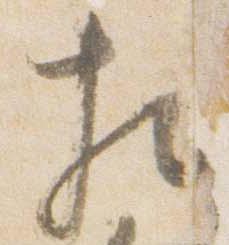
相